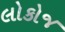
લોકોજ